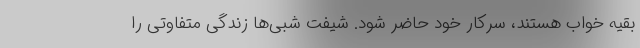
بقیه خواب هستند، سرکار خود حاضر شود. شیفت شبی‌ها زندگی متفاوتی را